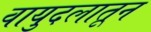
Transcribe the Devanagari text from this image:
वायुदलातून